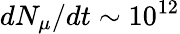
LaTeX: dN_{\mu}/dt\sim 10^{12}